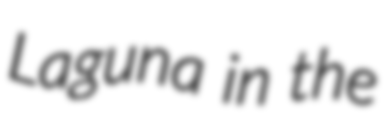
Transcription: Laguna in the